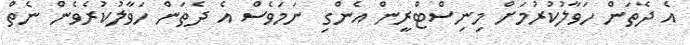
އެ ދެތަން ހަވާލުކުރުމަށް މިނިސްޓްރީން އެންގި ނަމަވެސް އެ ދެތަން ހަވާލުކުރެވެން ނެތް